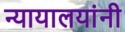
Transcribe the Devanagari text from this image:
न्यायालयांनी